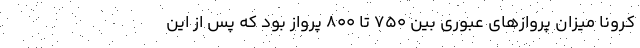
کرونا میزان پروازهای عبوری بین 750 تا 800 پرواز بود که پس از این